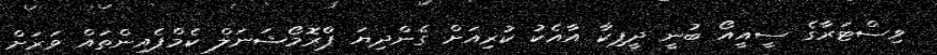
ވިސްޓަރާގެ ސީއީއޯ ބުނީ ދީޕިކާ އާއެކު ކުރިއަށް ގެންދިޔަ ޕްރޮމޯޝަނަލް ކެމްޕެއިންތައް ވަރަށް